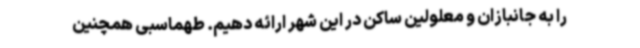
را به جانبازان و معلولین ساکن در این شهر ارائه دهیم. طهماسبی همچنین